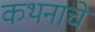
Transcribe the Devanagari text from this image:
कथनाचे